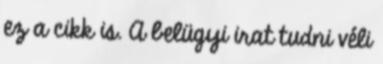
ez a cikk is. A belügyi irat tudni véli